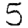
Digit: 5